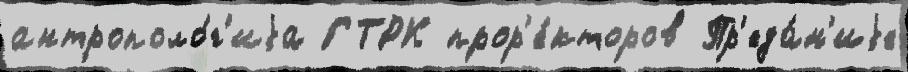
антрополо́г'иjа ГТРК прор'е́кторов Пр'еда́н'иjе